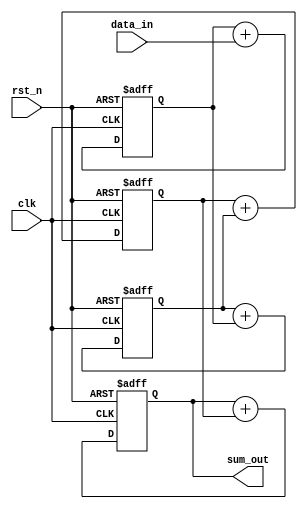
module cascaded_accumulator(
    input wire clk,
    input wire rst_n,
    input wire [7:0] data_in,
    output wire [31:0] sum_out
);

reg [31:0] acc_reg1, acc_reg2, acc_reg3, acc_reg4;

always @(posedge clk or negedge rst_n) begin
    if (~rst_n) begin
        acc_reg1 <= 32'b0;
        acc_reg2 <= 32'b0;
        acc_reg3 <= 32'b0;
        acc_reg4 <= 32'b0;
    end else begin
        acc_reg1 <= acc_reg1 + $signed({24'b0, data_in});
        acc_reg2 <= acc_reg2 + acc_reg1;
        acc_reg3 <= acc_reg3 + acc_reg2;
        acc_reg4 <= acc_reg4 + acc_reg3;
    end
end

assign sum_out = acc_reg4;

endmodule